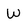
Character: W